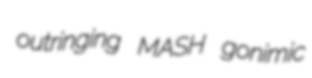
outringing MASH gonimic